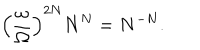
\left( { \frac { \omega } { \Omega } } \right) ^ { 2 N } N ^ { N } = N ^ { - N } .